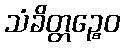
သံခိတ္တဉ္စေဝ